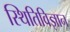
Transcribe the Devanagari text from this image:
स्थितिविज्ञान